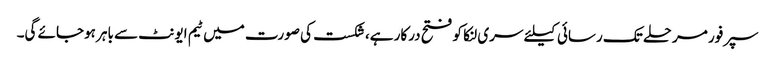
سپرفور مرحلے تک رسائی کیلئے سری لنکا کو فتح درکار ہے،شکست کی صورت میں ٹیم ایونٹ سے باہر ہوجائے گی۔